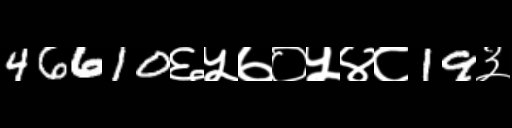
Text: 46610६५७०५४८19३